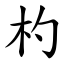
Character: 杓